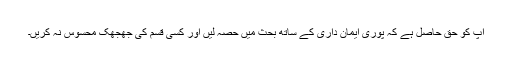
آپ کو حق حاصل ہے کہ پوری ایمان داری کے ساتھ بحث میں حصہ لیں اور کسی قسم کی جھجھک محسوس نہ کریں۔